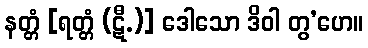
နတ္တံ [ရတ္တံ (ဋီ.)] ဒေါသော ဒိဝါ တွ’ဟေ။